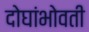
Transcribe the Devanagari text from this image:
दोघांभोवती